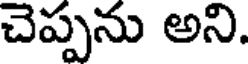
చెప్పను అని.